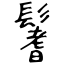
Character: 鬐